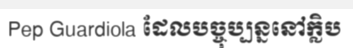
Pep Guardiola ដែលបច្ចុប្បន្ននៅក្លិប